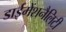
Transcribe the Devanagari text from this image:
डाईमेंशनैलिटी